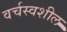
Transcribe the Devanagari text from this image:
वर्चस्वशील